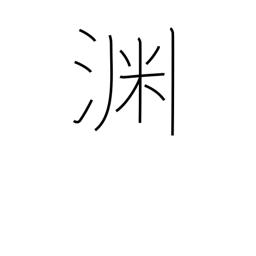
Meaning: edge